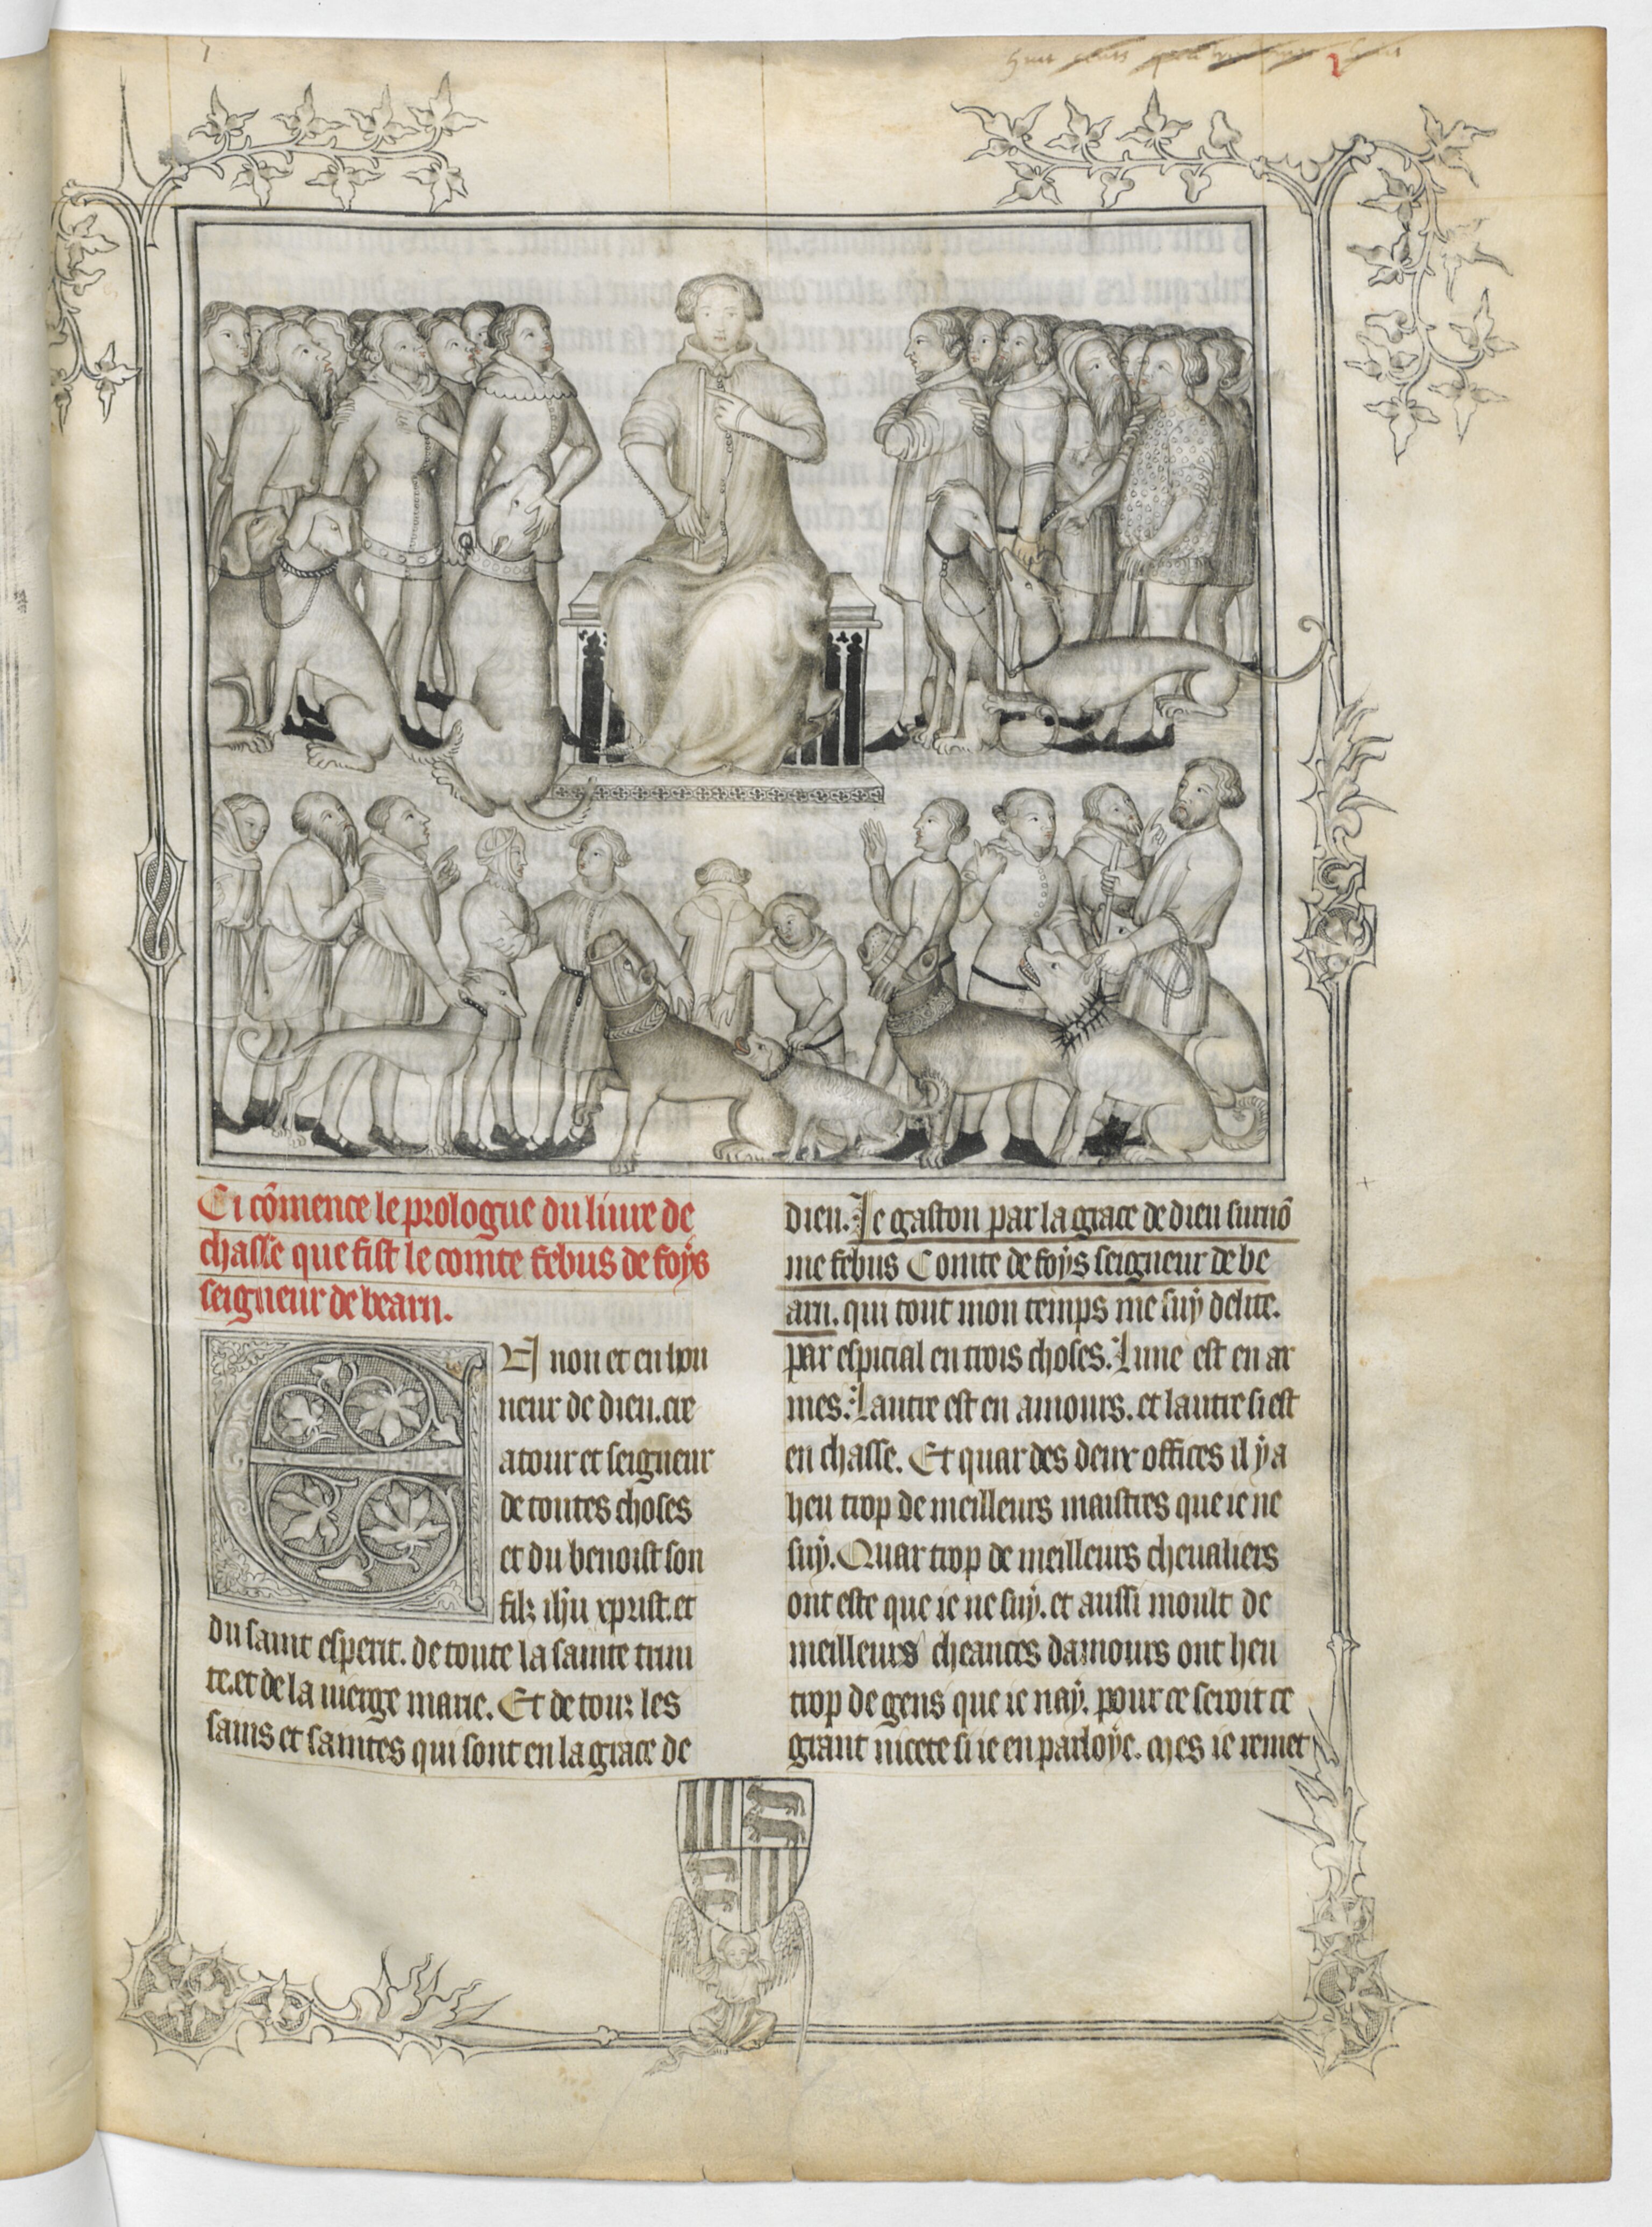
Shelfmark: Paris, BnF, fr. 619
Century: 14